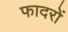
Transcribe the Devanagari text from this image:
फादरों